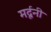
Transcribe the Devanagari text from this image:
मर्दूनी